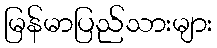
မြန်မာပြည်သားများ